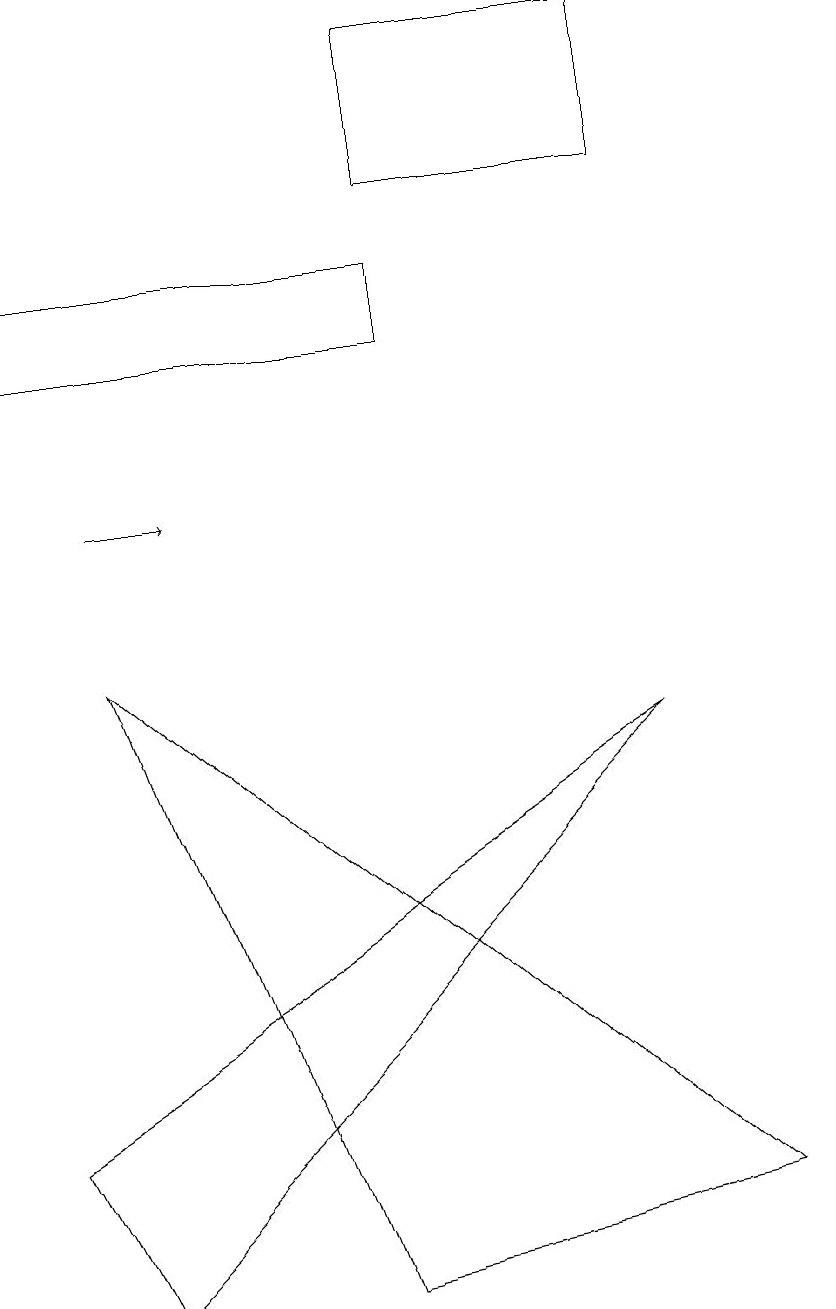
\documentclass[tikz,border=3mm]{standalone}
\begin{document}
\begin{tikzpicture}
\draw (1,8) -- (9,1) -- (4,0) -- cycle;
\draw (10,12) circle (0);
\draw (0,2) -- (8,7) -- (1,0) -- cycle;
\draw[->] (1,10) -- (2,10);
\draw (8,14) rectangle (5,16);
\draw (0,13) rectangle (5,12);
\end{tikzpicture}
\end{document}